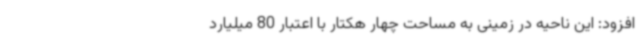
افزود: این ناحیه در زمینی به مساحت چهار هکتار با اعتبار 80 میلیارد